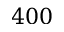
4 0 0